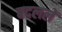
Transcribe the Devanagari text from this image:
बदललें